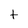
Character: t